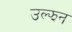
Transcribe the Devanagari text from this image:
उल्झन